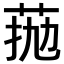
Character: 𦰖